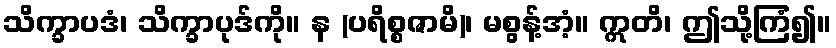
သိက္ခာပဒံ၊ သိက္ခာပုဒ်ကို။ န (ပရိစ္စဇာမိ)၊ မစွန့်အံ့။ ဣတိ၊ ဤသို့ကြံ၍။